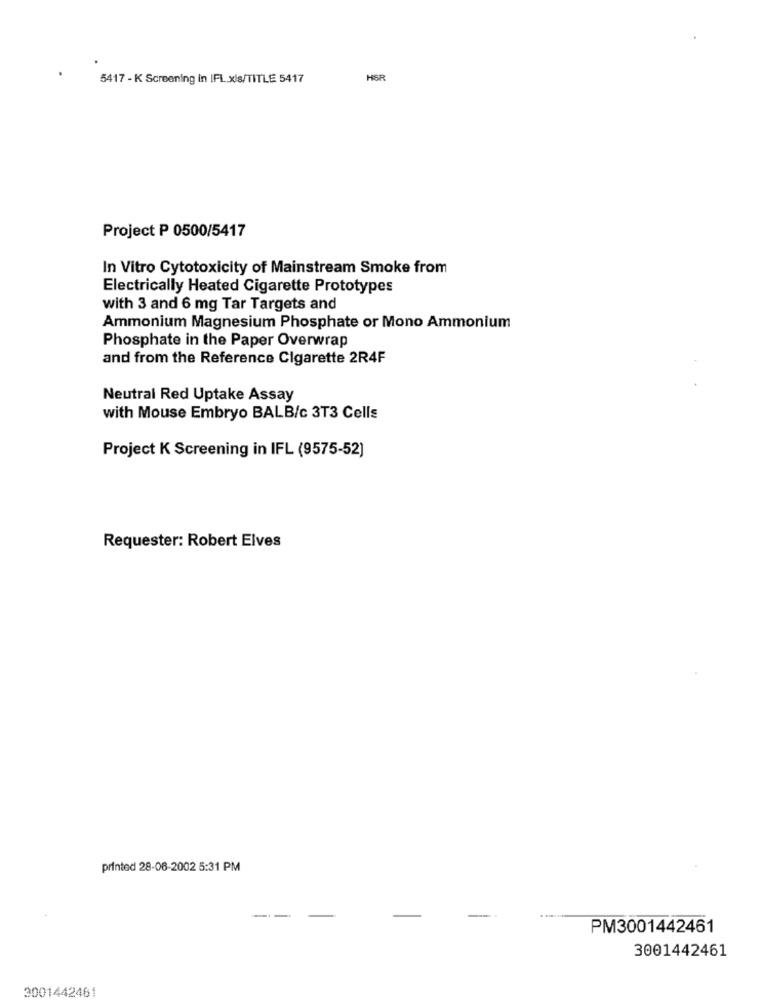
5417 - K Screening in IFL xis/TITLE 5417
HER
Project P 0500/5417
In Vitro Cytotoxicity of Mainstream Smoke from
Electrically Heated Cigarette Prototypes
with 3 and 6 mg Tar Targets and
Ammonium Magnesium Phosphate or Mono Ammonium
Phosphate in the Paper Overwrap
and from the Reference Cigarette 2R4F
Neutral Red Uptake Assay
with Mouse Embryo BALB/c 3T3 Cells
Project K Screening in IFL (9575-52)
Requester: Robert Elves
printed 28-06-2002 5:31 PM
PM3001442461
3001442461
3001442461